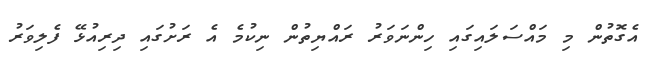
އެގޮތުން މި މައްސަލައިގައި ހިންނަވަރު ރައްޔިތުން ނިކުމެ އެ ރަށުގައި ދިރިއުޅޭ ފެލިވަރު